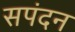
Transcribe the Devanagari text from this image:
सपंदन